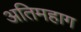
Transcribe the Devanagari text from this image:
अतिमहाग